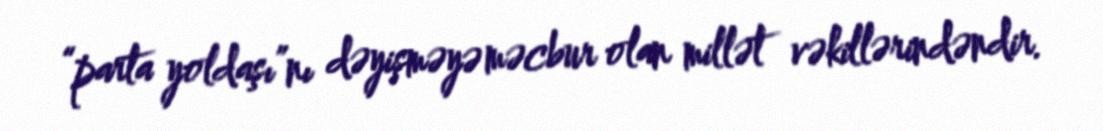
“parta yoldaşı”nı dəyişməyə məcbur olan millət vəkillərindəndir.